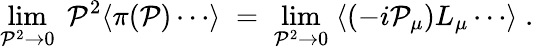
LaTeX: \operatorname*{lim}_{\mathcal{P}^{2}\to0}\; \mathcal{P}^{2}\langle\pi(\mathcal{P})\cdots\rangle\; =\; \operatorname*{lim}_{\mathcal{P}^{2}\to0}\; \langle(-i\mathcal{P}_{\mu})L_{\mu}\cdots\rangle\; .